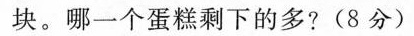
块。哪一个蛋糕剩下的多?(8分)